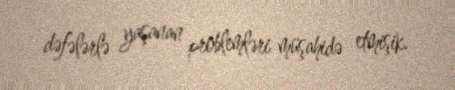
dəfələrlə yaşanan problemləri müşahidə etmişik.